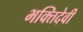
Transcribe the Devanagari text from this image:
भक्तिदेवी